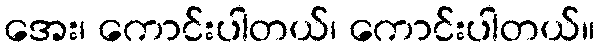
အေး၊ ကောင်းပါတယ်၊ ကောင်းပါတယ်။